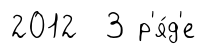
2012 3 р'я́д'е